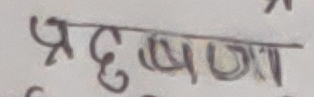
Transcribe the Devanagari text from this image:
प्रदूषणा